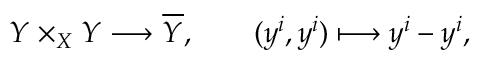
Y \times _ { X } Y \longrightarrow { \overline { { Y } } } , \qquad ( y ^ { i } , y ^ { i } ) \longmapsto y ^ { i } - y ^ { i } ,